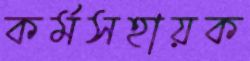
কর্মসহায়ক